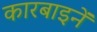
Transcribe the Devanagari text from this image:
कारबाइनें